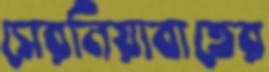
সেরনিয়াবাতের